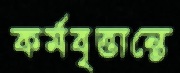
কর্মবৃত্তান্তে